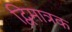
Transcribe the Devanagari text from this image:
द्विमात्रक